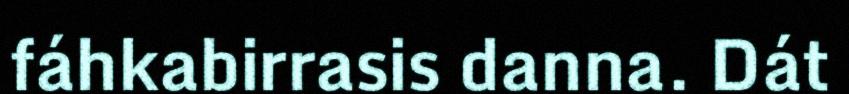
fáhkabirrasis danna. Dát